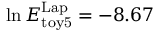
\ln E _ { \mathrm { t o y 5 } } ^ { \mathrm { L a p } } = - 8 . 6 7